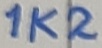
Text: 1K2